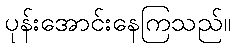
ပုန်းအောင်းနေကြသည်။